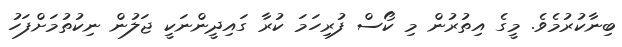
ބިނާކުރުމެވެ. މީގެ އިތުރުން މި ކޯސް ފުރިހަމަ ކުރާ ގައިދީންނަކީ ޖަލުން ނިކުތުމަށްފަހު